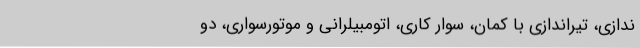
ندازی، تیراندازی با کمان، سوار کاری، اتومبیلرانی و موتورسواری، دو